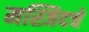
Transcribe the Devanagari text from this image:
मस्जिदचे